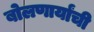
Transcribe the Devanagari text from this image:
बोलणार्यांची